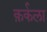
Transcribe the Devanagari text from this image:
क़र्कला